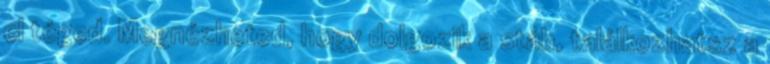
el téged. Megnézheted, hogy dolgozik a stáb, találkozhatsz a